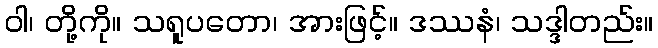
ဝါ၊ တို့ကို။ သရူပတော၊ အားဖြင့်။ ဒဿနံ၊ သဒ္ဒါတည်း။